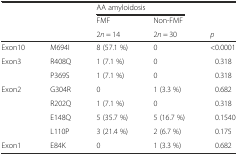
<table><thead><tr><td></td><td></td><td colspan="2"><b>AA amyloidosis</b></td><td></td></tr><tr><td></td><td></td><td><b>FMF</b></td><td><b>Non-FMF</b></td><td></td></tr><tr><td></td><td></td><td><b>2<i>n</i> = 14</b></td><td><b>2<i>n</i> = 30</b></td><td><b><i>p</i></b></td></tr></thead><tbody><tr><td>Exon10</td><td>M694I</td><td>8 (57.1 %)</td><td>0</td><td>&lt;0.0001</td></tr><tr><td>Exon3</td><td>R408Q</td><td>1 (7.1 %)</td><td>0</td><td>0.318</td></tr><tr><td></td><td>P369S</td><td>1 (7.1 %)</td><td>0</td><td>0.318</td></tr><tr><td>Exon2</td><td>G304R</td><td>0</td><td>1 (3.3 %)</td><td>0.682</td></tr><tr><td></td><td>R202Q</td><td>1 (7.1 %)</td><td>0</td><td>0.318</td></tr><tr><td></td><td>E148Q</td><td>5 (35.7 %)</td><td>5 (16.7 %)</td><td>0.1540</td></tr><tr><td></td><td>L110P</td><td>3 (21.4 %)</td><td>2 (6.7 %)</td><td>0.175</td></tr><tr><td>Exon1</td><td>E84K</td><td>0</td><td>1 (3.3 %)</td><td>0.682</td></tr></tbody></table>